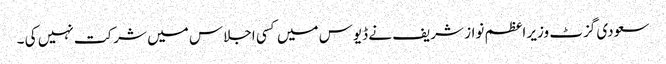
سعودی گزٹ وزیر اعظم نواز شریف نے ڈیوس میں کسی اجلاس میں شرکت نہیں کی ۔